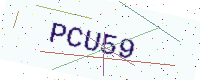
Text: PCU59